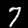
Digit: 7